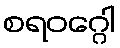
စရဝဂ္ဂေါ